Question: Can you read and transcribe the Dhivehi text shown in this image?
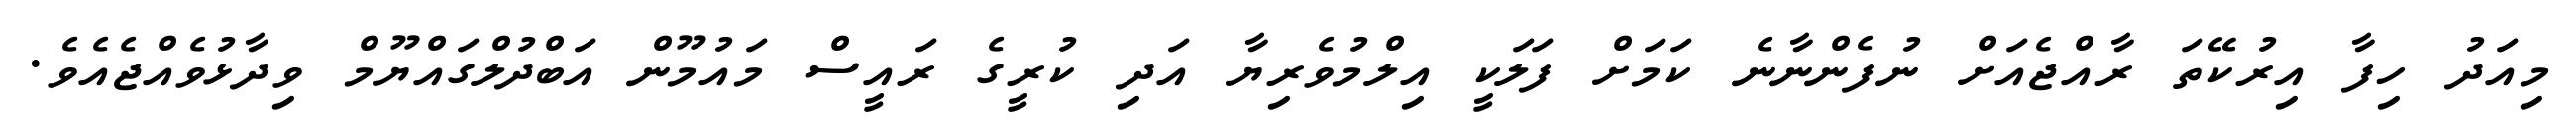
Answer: މިއަދު ހިފާ އިރުކޭތަ ރާއްޖެއަށް ނުފެންނާނެ ކަމަށް ފަލަކީ އިލްމުވެރިޔާ އަދި ކުރީގެ ރައީސް މައުމޫން އަބްދުލްގައްޔޫމް ވިދާޅުވެއްޖެއެވެ.